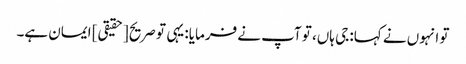
تو انہوں نے کہا: جی ہاں، تو آپ نے فرمایا: یہی تو صریح [حقیقی] ایمان ہے۔